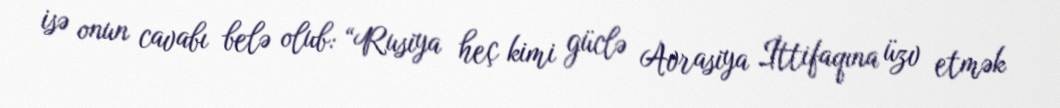
isə onun cavabı belə olub: “Rusiya heç kimi güclə Avrasiya İttifaqına üzv etmək